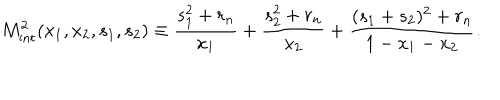
LaTeX: M _ { \mathrm { i n t } } ^ { 2 } ( x _ { 1 } , x _ { 2 } , s _ { 1 } , s _ { 2 } ) \equiv \frac { s _ { 1 } ^ { 2 } + r _ { n } } { x _ { 1 } } + \frac { s _ { 2 } ^ { 2 } + r _ { n } } { x _ { 2 } } + \frac { ( s _ { 1 } + s _ { 2 } ) ^ { 2 } + r _ { n } } { 1 - x _ { 1 } - x _ { 2 } } . \nonumber